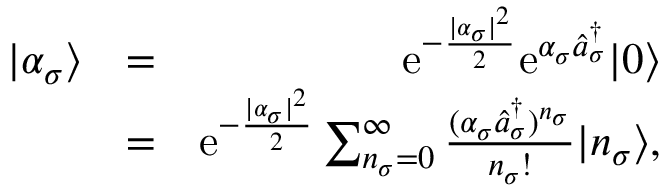
\begin{array} { r l r } { | \alpha _ { \sigma } \rangle } & { = } & { \mathrm { e } ^ { - \frac { | \alpha _ { \sigma } | ^ { 2 } } { 2 } } \mathrm { e } ^ { \alpha _ { \sigma } \hat { a } _ { \sigma } ^ { \dagger } } | 0 \rangle } \\ & { = } & { \mathrm { e } ^ { - \frac { | \alpha _ { \sigma } | ^ { 2 } } { 2 } } \sum _ { n _ { \sigma } = 0 } ^ { \infty } \frac { ( \alpha _ { \sigma } \hat { a } _ { \sigma } ^ { \dagger } ) ^ { n _ { \sigma } } } { n _ { \sigma } ! } | n _ { \sigma } \rangle , } \end{array}